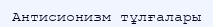
Антисионизм тұлғалары